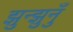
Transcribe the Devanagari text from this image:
झुन्झुनुँ